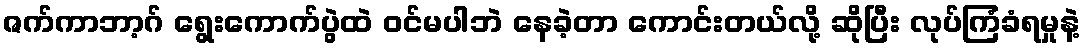
ဇက်ကာဘာ့ဂ် ရွေးကောက်ပွဲထဲ ဝင်မပါဘဲ နေခဲ့တာ ကောင်းတယ်လို့ ဆိုပြီး လုပ်ကြံခံရမှုနဲ့